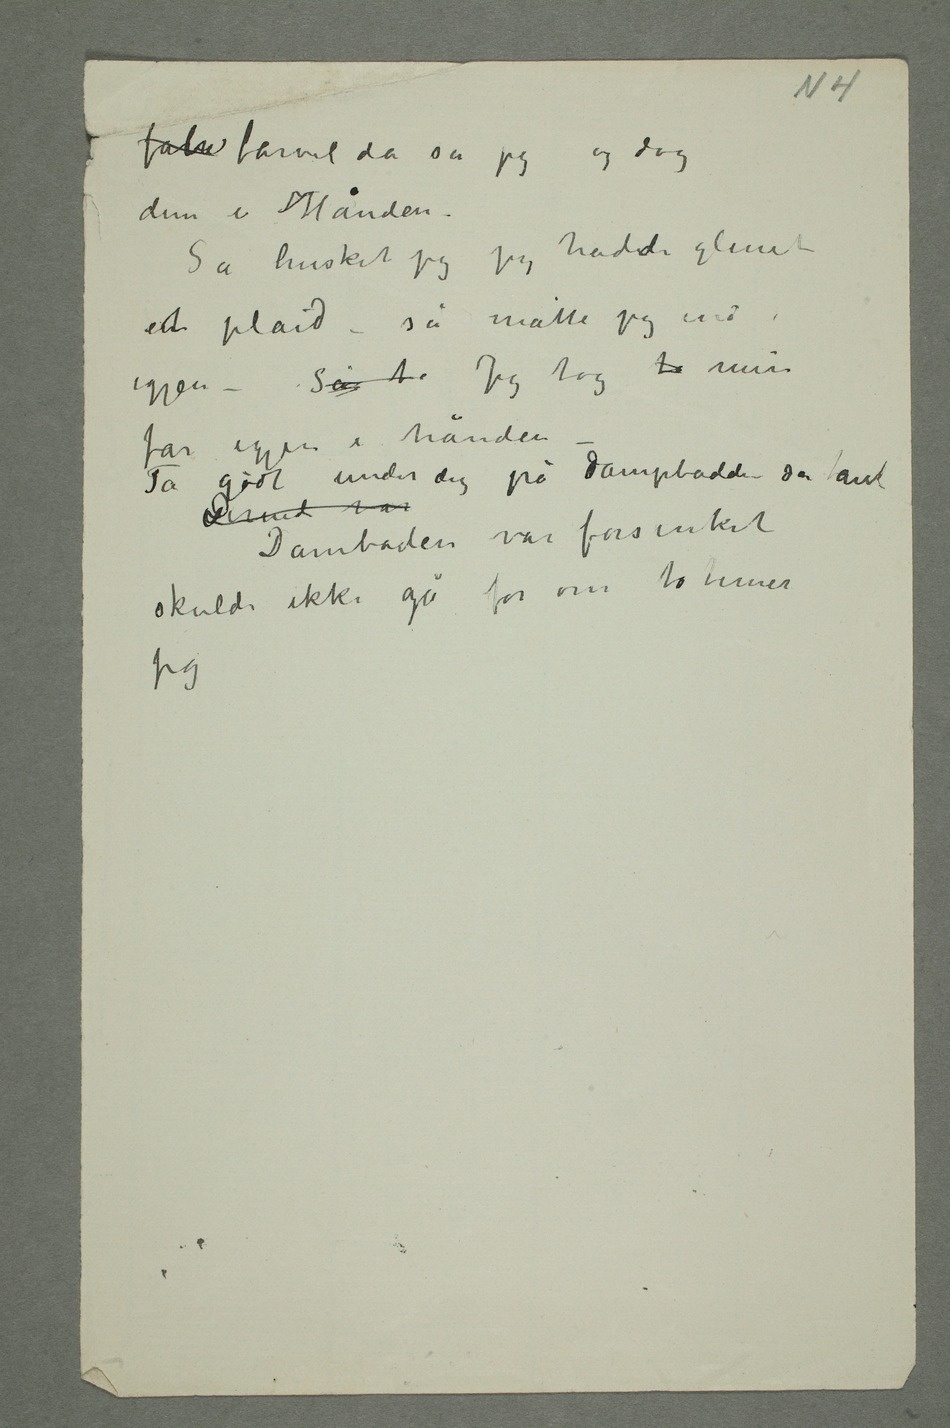
farbe farvel da sa
jeg og tog
dem i Hånden.
jeg jeg hadde glemt
ent plaid – så
måtte jeg ind igjen – Så to
Jeg tog to min
far igjen i hånden –
under dig
på dampbåden sa han
Dermed var Dambåden
var forsinket
skulde ikke gå før
Jeg